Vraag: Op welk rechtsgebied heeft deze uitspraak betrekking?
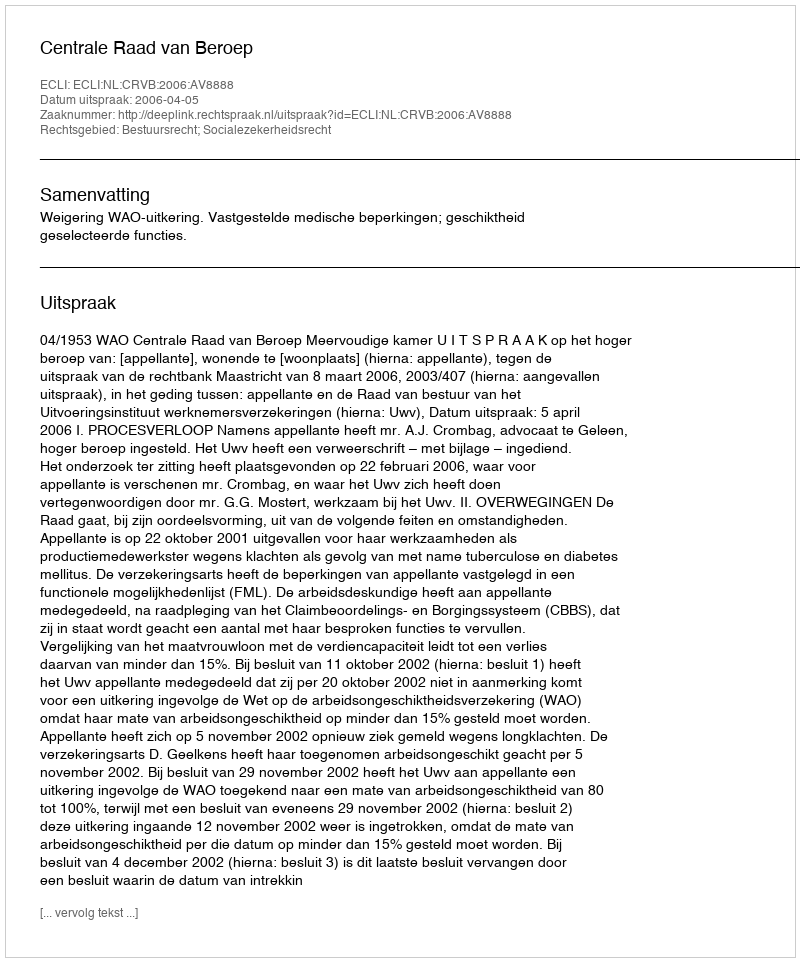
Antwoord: Bestuursrecht; Socialezekerheidsrecht